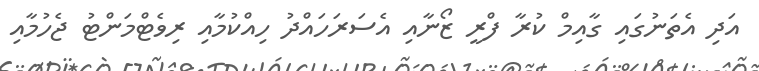
އަދި އެތަނުގައި ގާއިމް ކުރާ ފްރީ ޒޯނާއި އެސަރަހައްދު ހިއްކުމާއި ރިވެޓްމަންޓު ޖެހުމާއި